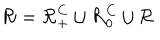
\mathcal { R } = \mathcal { R } _ { + } ^ { C } \cup \mathcal { R } _ { 0 } ^ { C } \cup \mathcal { R }